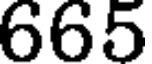
665